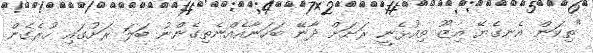
"ތިކަން އެނގެޔޭ އިޒޫ ތިއުޅެނީ ރަށަށް ދާނޭ ބަހަނާއެއްނެތިގެންނު ބަލަ ރަށުގައި ހުރެގެން